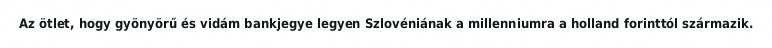
Az ötlet, hogy gyönyörű és vidám bankjegye legyen Szlovéniának a millenniumra a holland forinttól származik.